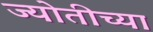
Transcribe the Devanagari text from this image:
ज्योतीच्या